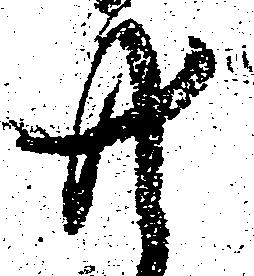
共